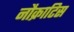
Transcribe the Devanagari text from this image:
नौक्राटिस